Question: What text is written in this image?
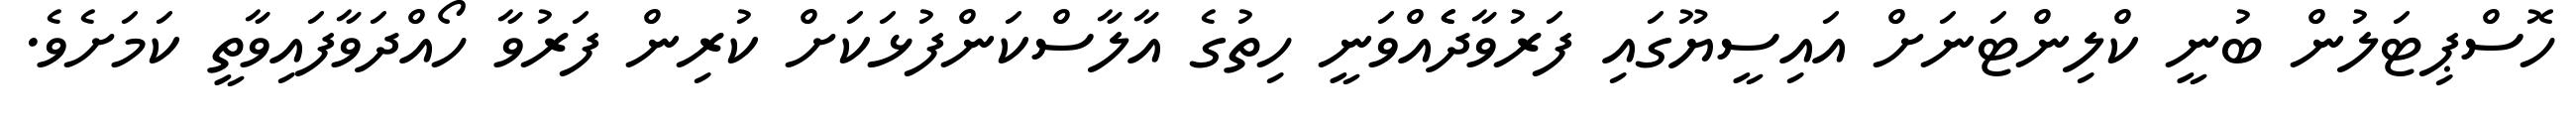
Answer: ހޮސްޕިޓަލުން ބުނީ ކްލިންޓަނަށް އައިސީޔޫގައި ފަރުވާދެެއްވަނީ ހިތުގެ އާލާސްކަންފުޅަކަށް ކުރިން ފަރުވާ ހޯއްދަވާފައިވާތީ ކަމަށެވެ.